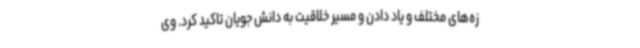
زه‌های مختلف و یاد دادن و مسیر خلاقیت به دانش جویان تاکید کرد. وی